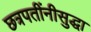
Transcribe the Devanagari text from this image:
छत्रपतींनीसुद्धा